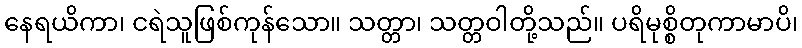
နေရယိကာ၊ ငရဲသူဖြစ်ကုန်သော။ သတ္တာ၊ သတ္တဝါတို့သည်။ ပရိမုစ္စိတုကာမာပိ၊